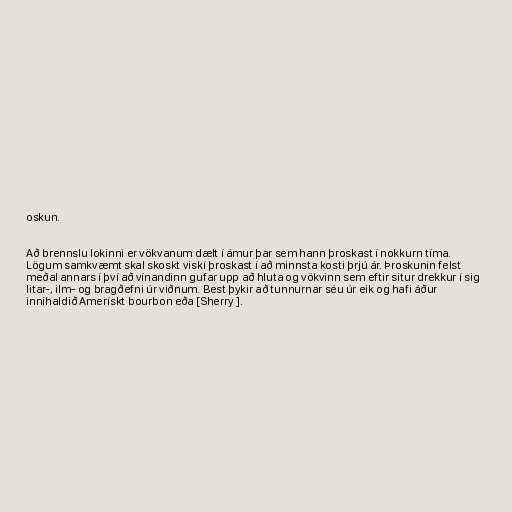
oskun.

Að brennslu lokinni er vökvanum dælt í ámur þar sem hann þroskast í nokkurn tíma.
Lögum samkvæmt skal skoskt viskí þroskast í að minnsta kosti þrjú ár. Þroskunin felst
meðal annars í því að vínandinn gufar upp að hluta og vökvinn sem eftir situr drekkur í sig
litar-, ilm- og bragðefni úr viðnum. Best þykir að tunnurnar séu úr eik og hafi áður
innihaldið Amerískt bourbon eða [Sherry ].